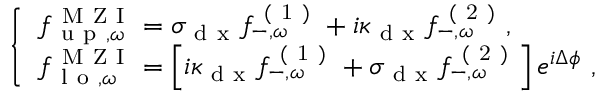
\begin{array} { r } { \left\{ \begin{array} { l l } { { f } _ { \mathrm { ~ u ~ p ~ } , \omega } ^ { \mathrm { ~ M ~ Z ~ I ~ } } = \sigma _ { \mathrm { ~ d ~ x ~ } } { f } _ { - , \omega } ^ { \mathrm { ~ ( ~ 1 ~ ) ~ } } + i \kappa _ { \mathrm { ~ d ~ x ~ } } { f } _ { - , \omega } ^ { \mathrm { ~ ( ~ 2 ~ ) ~ } } , } \\ { { f } _ { \mathrm { ~ l ~ o ~ } , \omega } ^ { \mathrm { ~ M ~ Z ~ I ~ } } = \left[ i \kappa _ { \mathrm { ~ d ~ x ~ } } { f } _ { - , \omega } ^ { \mathrm { ~ ( ~ 1 ~ ) ~ } } + \sigma _ { \mathrm { ~ d ~ x ~ } } { f } _ { - , \omega } ^ { \mathrm { ~ ( ~ 2 ~ ) ~ } } \right] e ^ { i \Delta \phi } \ , } \end{array} \right. } \end{array}